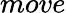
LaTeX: move